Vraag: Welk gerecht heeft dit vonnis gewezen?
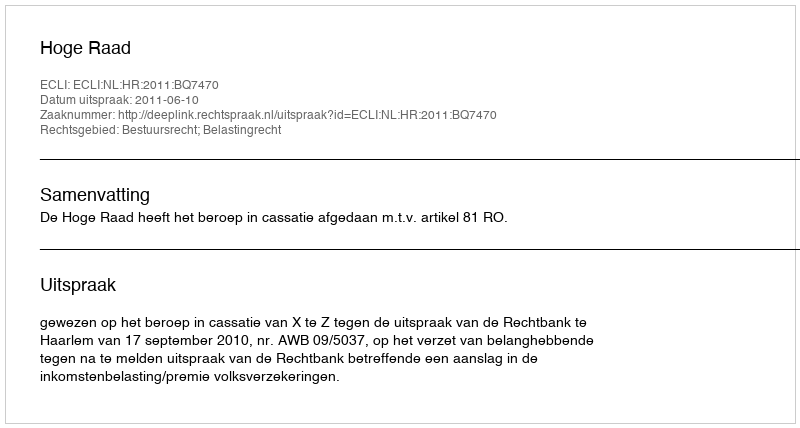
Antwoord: Hoge Raad